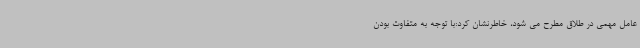
عامل مهمی در طلاق مطرح می شود، خاطرنشان کرد:با توجه به متفاوت بودن